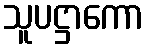
သူပဋ္ဌာကော